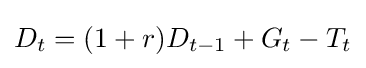
{D_{t}}=(1+r)D_{t-1}+G_{t}-T_{t}